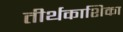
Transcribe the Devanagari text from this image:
तीर्थकाशिका